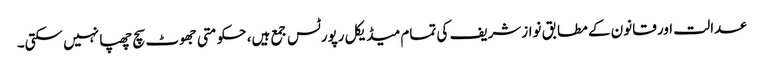
عدالت اور قانون کے مطابق نوازشریف کی تمام میڈیکل رپورٹس جمع ہیں، حکومتی جھوٹ سچ چھپا نہیں سکتی۔